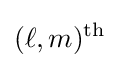
(\ell ,m)^{\text{th}}